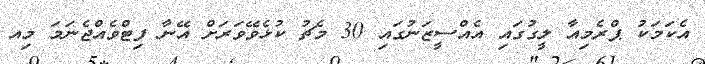
އެކަމަކު ޕްރެމިއާ ލީގުގައި އެއްސީޒަނުގައި 30 މެޗު ކުޅެވޭވަރަށް އޭނާ ފިޓްވެއްޖެނަމަ މިއ